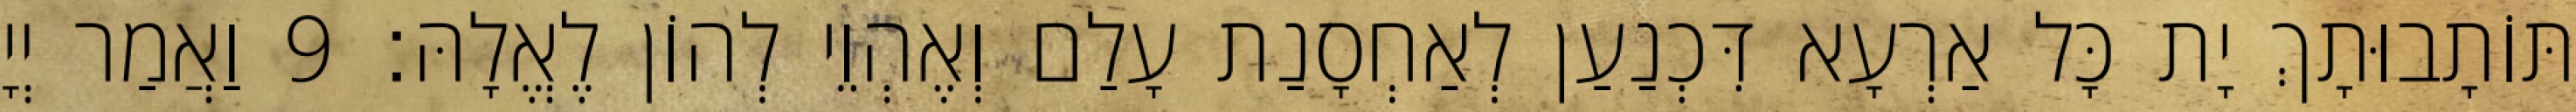
תּוֹתָבוּתָךְ יָת כָּל אַרְעָא דִּכְנַעַן לְאַחְסָנַת עָלַם וְאֶהְוֵי לְהוֹן לֶאֱלָהּ׃ 9 וַאֲמַר יְיָ